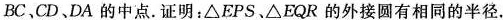
BC、CD、DA 的中点. 证明：△EPS、△EQR的外接圆有相同的半径.